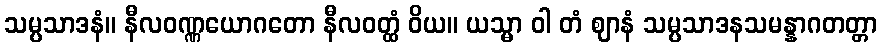
သမ္ပသာဒနံ။ နီလဝဏ္ဏယောဂတော နီလဝတ္ထံ ဝိယ။ ယသ္မာ ဝါ တံ ဈာနံ သမ္ပသာဒနသမန္နာဂတတ္တာ